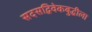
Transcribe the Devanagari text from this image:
सदसद्विवेकबुद्धीला